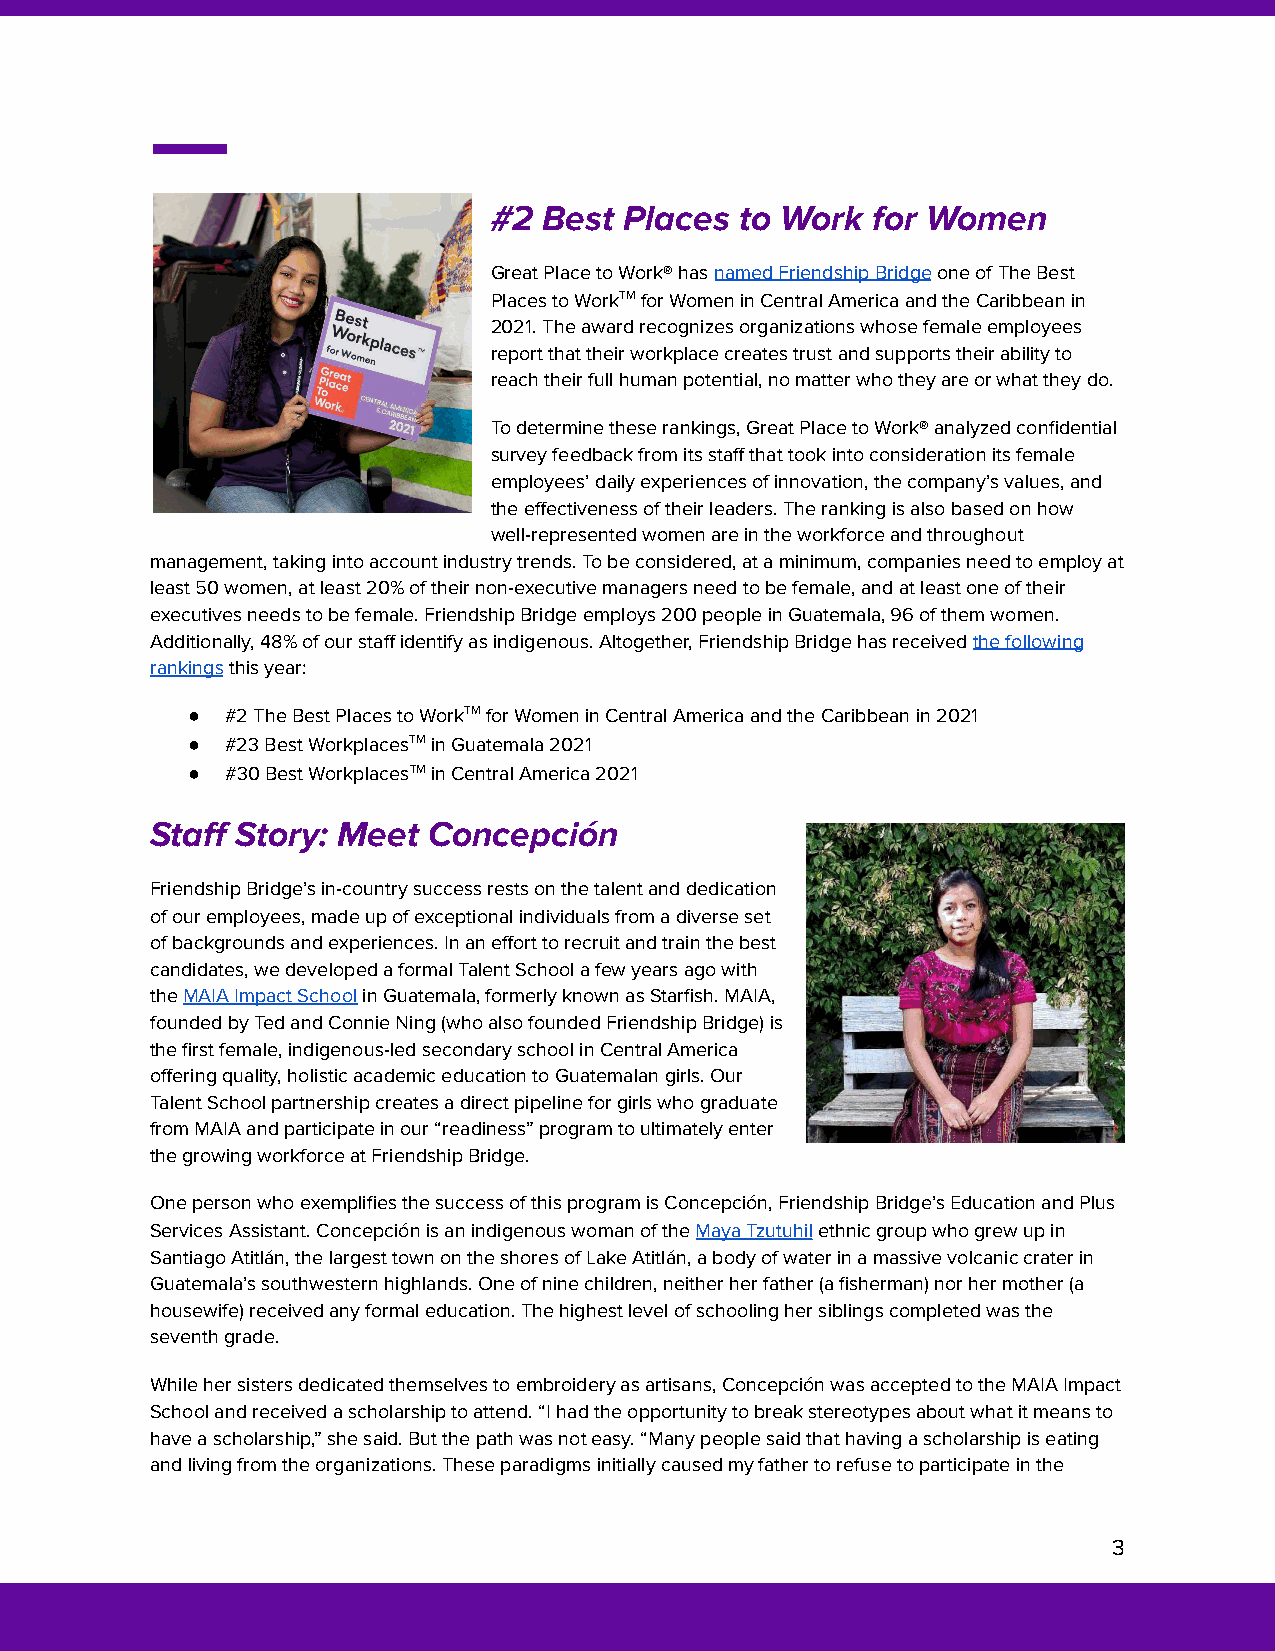
#2  Best Places  to Work  for Women
 Great Place to Work® hasnamed Friendship Bridgeoneof The Best
 Places to WorkTMfor Women in Central America andthe Caribbean in
 2021. The award recognizes organizations whose female employees
 report that their workplace creates trust and supports their ability to
 reach their full human potential, no matter who they are or what they do.
 To determine these rankings, Great Place to Work® analyzed confidential
 survey feedback from its staff that took into consideration its female
 employees’ daily experiences of innovation, the company’s values, and
 the effectiveness of their leaders. The ranking is also based on how
 well-represented women are in the workforce and throughout
 management, taking into account industry trends. To be considered, at a minimum, companies need to employ at
 least 50 women, at least 20% of their non-executive managers need to be female, and at least one of their
 executives needs to be female. Friendship Bridge employs 200 people in Guatemala, 96 of them women.
 Additionally, 48% of our staff identify as indigenous. Altogether, Friendship Bridge has receivedthe following
 rankingsthis year:
 ●  #2 The Best Places to WorkTMfor Women in CentralAmerica and the Caribbean in 2021
 ●  #23 Best WorkplacesTMin Guatemala 2021
 ●  #30 Best WorkplacesTMin Central America 2021
 Staff Story: Meet Concepción
 Friendship Bridge’s in-country success rests on the talent and dedication
 of our employees, made up of exceptional individuals from a diverse set
 of backgrounds and experiences. In an effort to recruit and train the best
 candidates, we developed a formal Talent School a few years ago with
 theMAIA Impact Schoolin Guatemala, formerly knownas Starfish. MAIA,
 founded by Ted and Connie Ning (who also founded Friendship Bridge) is
 the first female, indigenous-led secondary school in Central America
 offering quality, holistic academic education to Guatemalan girls. Our
 Talent School partnership creates a direct pipeline for girls who graduate
 from MAIA and participate in our “readiness” program to ultimately enter
 the growing workforce at Friendship Bridge.
 One person who exemplifies the success of this program is Concepción, Friendship Bridge’s Education and Plus
 Services Assistant. Concepción is an indigenous woman of theMaya Tzutuhilethnic group who grew up in
 Santiago Atitlán, the largest town on the shores of Lake Atitlán, a body of water in a massive volcanic crater in
 Guatemala’s southwestern highlands. One of nine children, neither her father (a fisherman) nor her mother (a
 housewife) received any formal education. The highest level of schooling her siblings completed was the
 seventh grade.
 While her sisters dedicated themselves to embroidery as artisans, Concepción was accepted to the MAIA Impact
 School and received a scholarship to attend. “I had the opportunity to break stereotypes about what it means to
 have a scholarship,” she said. But the path was not easy. “Many people said that having a scholarship is eating
 and living from the organizations. These paradigms initially caused my father to refuse to participate in the
 3